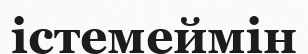
істемеймін